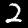
Label: 2